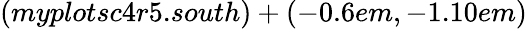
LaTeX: (myplotsc4r5.south)+(-0.6em,-1.10em)